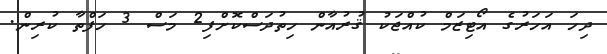
ދިހަ އަހަރުގެ އޯޓިޒަމް ކުއްޖަކު ޤުރުއާން ހިތުދަސްކޮށްފި2 މަސް 3 ހަފްތާ ކުރިން.